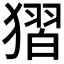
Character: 𰡥